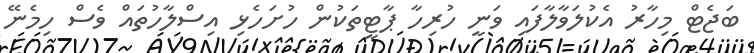
ބަޖެޓް މިހާރު އެކުލަވާލާފައި ވަނީ ހުރިހާ ޕާޓީތަކުން ހުށަހެޅި އިސްލާހުތައް ވެސް ހިމެނޭ